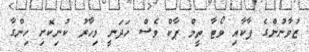
ޒުވާނުންގެ ޕާކާއި ވޯޓާ ތީމް ޕާކް ވެސް ހަދަނީ މިހާރު ކުނިކޮށި ހިންގާ